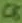
Text: C8